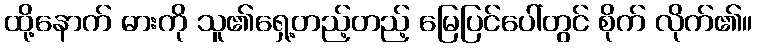
ထို့နောက် ဓားကို သူ၏ရှေ့တည့်တည့် မြေပြင်ပေါ်တွင် စိုက် လိုက်၏။